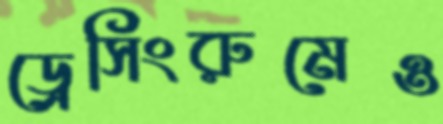
ড্রেসিংরুমেও